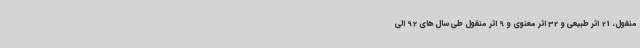
منقول، 21 اثر طبیعی و 32 اثر معنوی و 9 اثر منقول طی سال های 92 الی